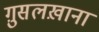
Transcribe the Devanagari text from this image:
ग़ुसलख़ाना